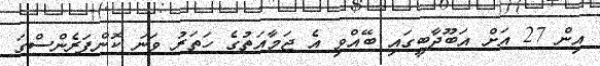
އިން 27 އަށް އަބޫދާބީގައި ބޭއްވި އެ ޖަމާއަތުގެ ހަތަރު ވަނަ ކޮންފަރެންސްގަ